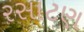
રસાટણ